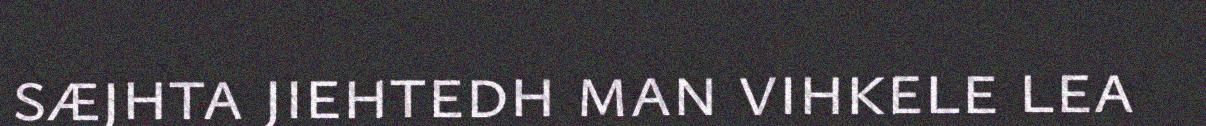
sæjhta jiehtedh man vihkele lea